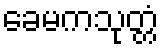
ခေမကသုတ္တံ